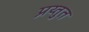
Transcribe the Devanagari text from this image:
प्रय्तुत